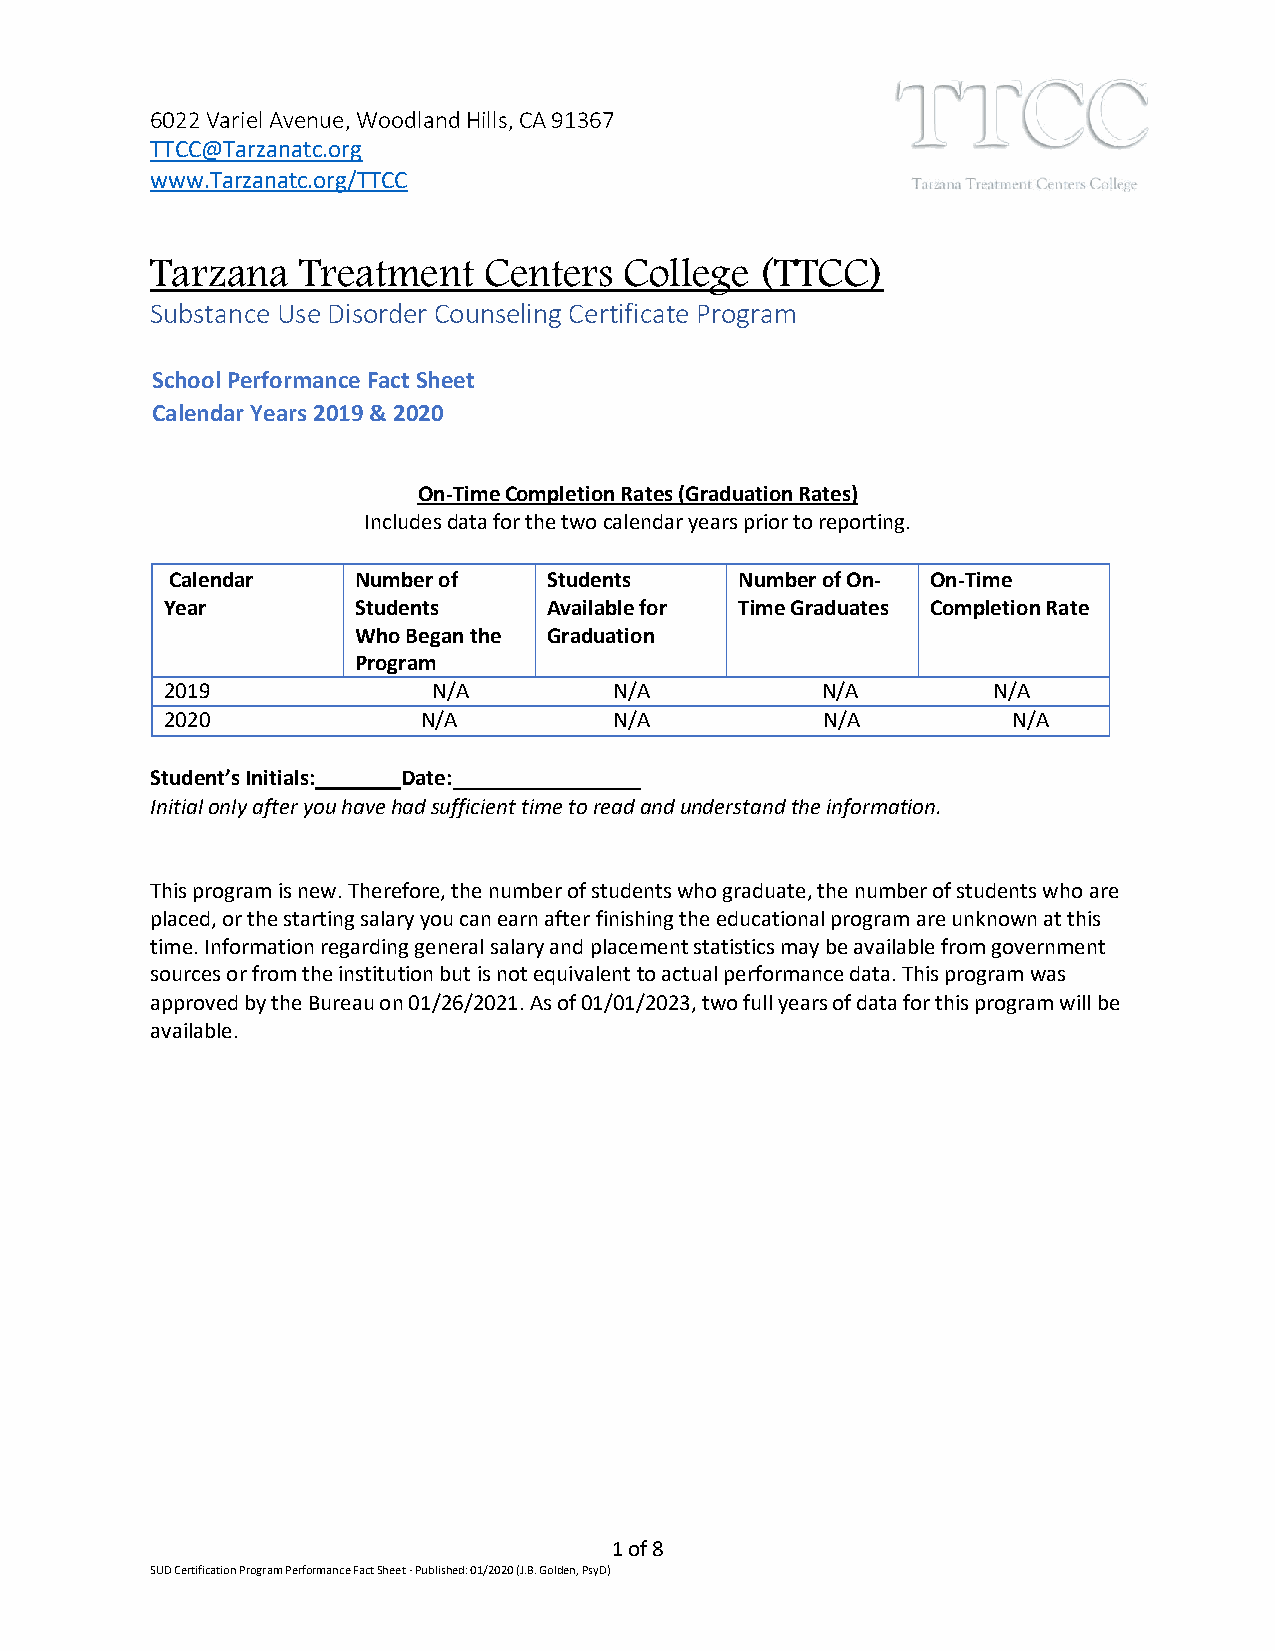
6022 Variel Avenue, Woodland Hills, CA 91367
 TTCC@Tarzanatc.org
 www.Tarzanatc.org/TTCC
 Tarzana   Treatment   Centers  College  (TTCC)
 Substance Use Disorder Counseling Certificate Program
 School Performance Fact Sheet
 Calendar Years 2019 & 2020
 On-Time Completion Rates (Graduation Rates)
 Includes data for the two calendar years prior to reporting.
 Calendar    Number of    Students     Number of On- On-Time
 Year        Students     Available for Time Graduates Completion Rate
 Who Began the Graduation
 Program
 2019              N/A         N/A          N/A         N/A
 2020             N/A          N/A           N/A         N/A
 Student’s Initials: Date:
 Initial only after you have had sufficient time to read and understand the information.
 This program is new. Therefore, the number of students who graduate, the number of students who are
 placed, or the starting salary you can earn after finishing the educational program are unknown at this
 time. Information regarding general salary and placement statistics may be available from government
 sources or from the institution but is not equivalent to actual performance data. This program was
 approved by the Bureau on 01/26/2021. As of 01/01/2023, two full years of data for this program will be
 available.
 1 of 8
 SUD Certification Program Performance Fact Sheet - Published: 01/2020 (J.B. Golden, PsyD)